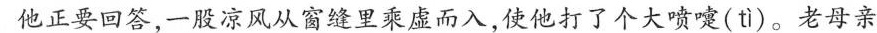
他正要回答，一股凉风从窗缝里乘虚而入，使他打了个大喷嚏( tì)。老母亲